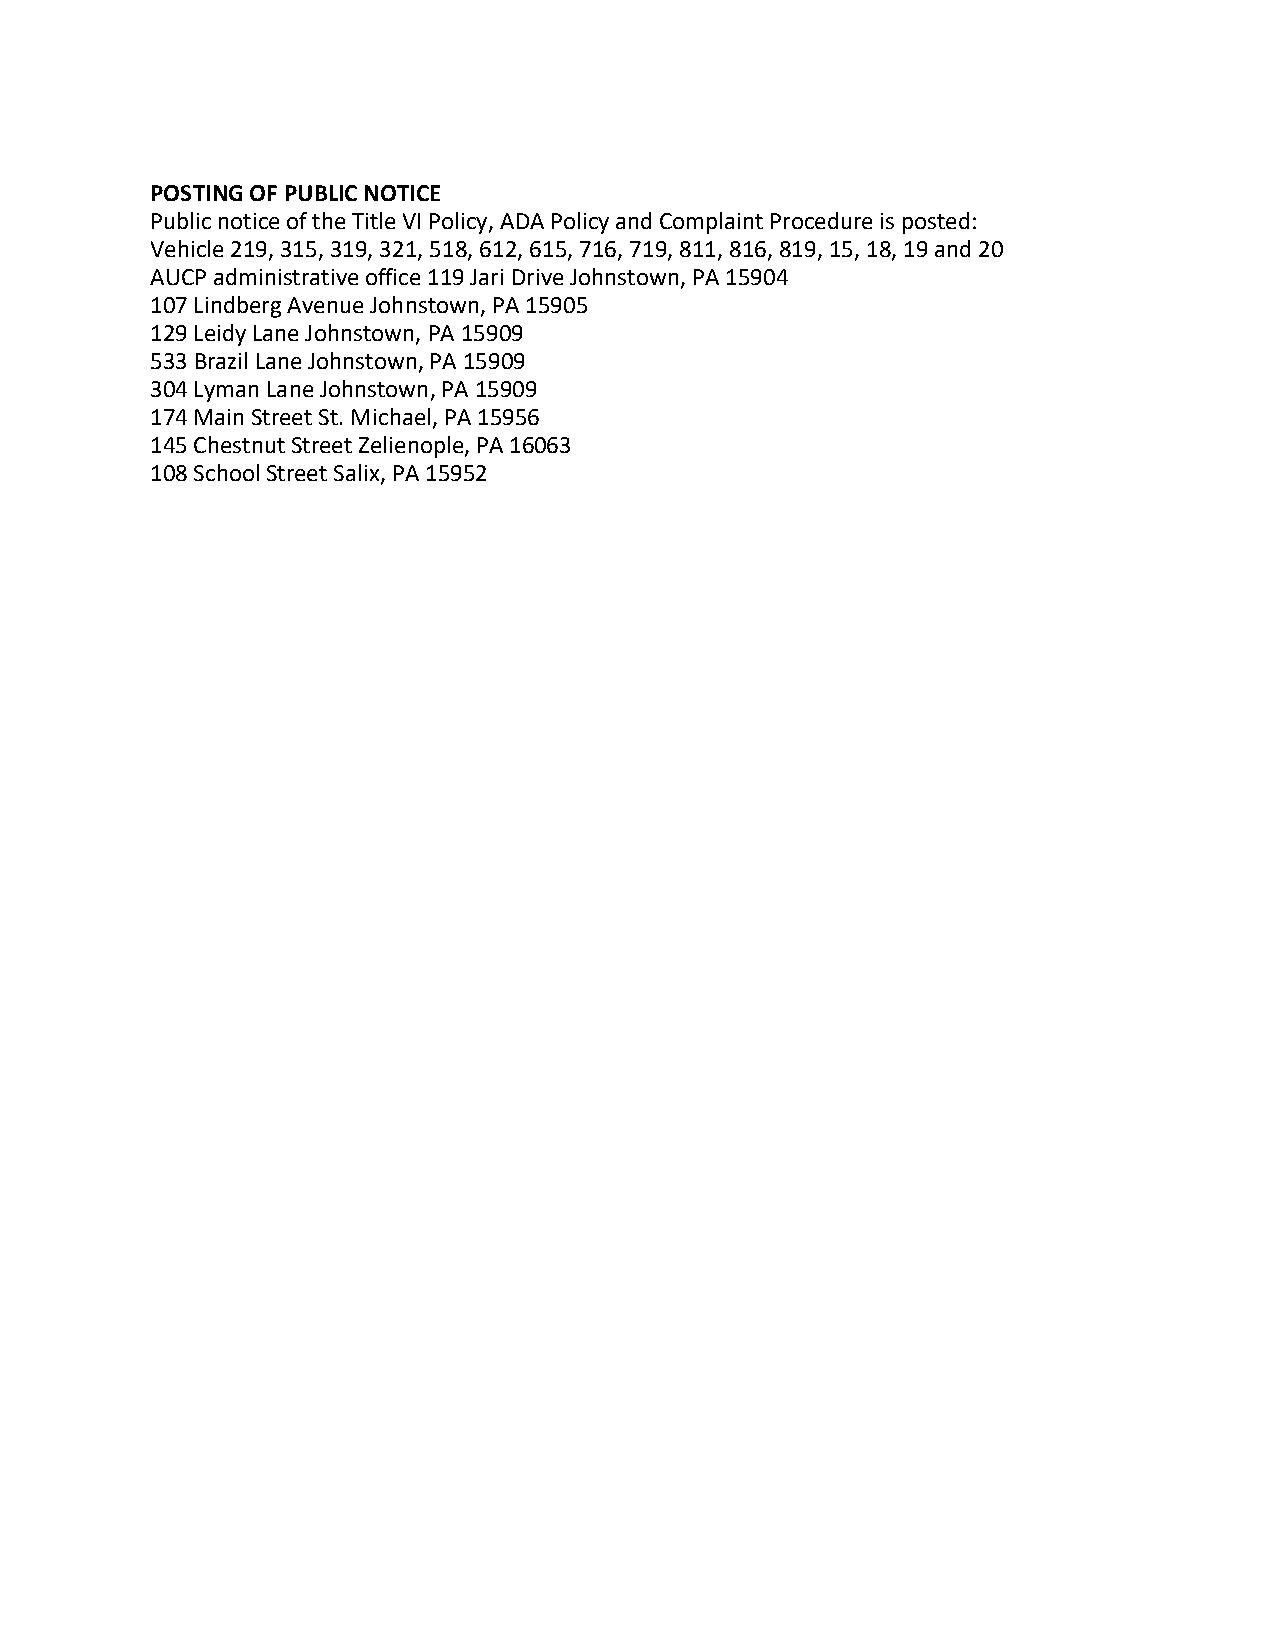
POSTING OF PUBLIC NOTICE
 Public notice of the Title VI Policy, ADA Policy and Complaint Procedure is posted:
 Vehicle 219, 315, 319, 321, 518, 612, 615, 716, 719, 811, 816, 819, 15, 18, 19 and 20
 AUCP administrative office 119 Jari Drive Johnstown, PA 15904
 107 Lindberg Avenue Johnstown, PA 15905
 129 Leidy Lane Johnstown, PA 15909
 533 Brazil Lane Johnstown, PA 15909
 304 Lyman Lane Johnstown, PA 15909
 174 Main Street St. Michael, PA 15956
 145 Chestnut Street Zelienople, PA 16063
 108 School Street Salix, PA 15952